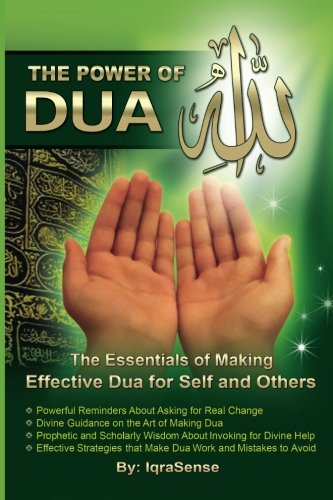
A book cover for The Power of Dua (to Allah): An Essential Guide to Increase the Effectiveness of Making Dua to Allah; IqraSense; Religion & Spirituality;